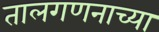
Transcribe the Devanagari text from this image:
तालगणनाच्या